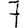
Digit: 7